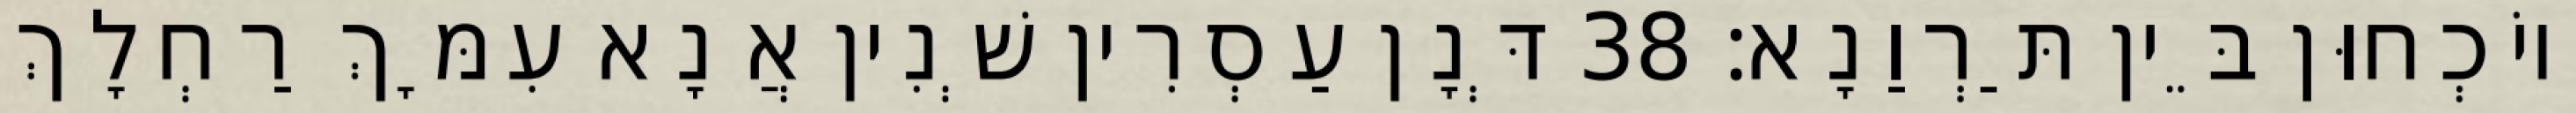
וְיוֹכְחוּן בֵּין תַּרְוַנָא׃ 38 דְּנָן עַסְרִין שְׁנִין אֲנָא עִמָּךְ רַחְלָךְ